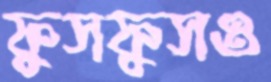
ফুসফুসও